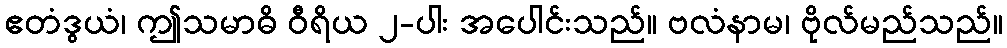
ဧတံဒွယံ၊ ဤသမာဓိ ဝီရိယ ၂-ပါး အပေါင်းသည်။ ဗလံနာမ၊ ဗိုလ်မည်သည်။